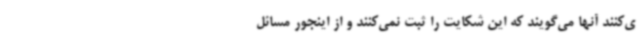
ی‌کنند آنها می‌گویند که این شکایت را ثبت نمی‌کنند و از اینجور مسائل